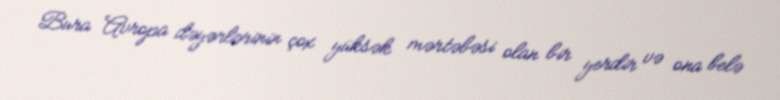
Bura Avropa dəyərlərinin çox yüksək mərtəbəsi olan bir yerdir və ona belə